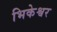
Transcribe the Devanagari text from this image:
भिकेश्वर